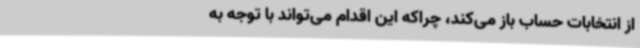
از انتخابات حساب باز می‌کند، چراکه این اقدام می‌تواند با توجه به